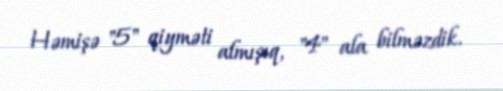
Həmişə "5" qiyməti almışıq, "4" ala bilməzdik.